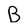
Character: B